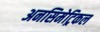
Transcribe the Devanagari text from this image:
अनसिमेट्रिकल